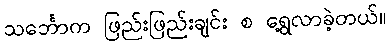
သင်္ဘောက ဖြည်းဖြည်းချင်း စ ရွေ့လာခဲ့တယ်။